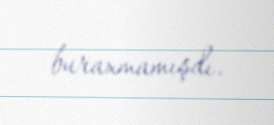
buraxmamışdı.